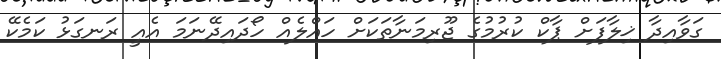
ގަވާއިދާ ޚިލާފަށް ޕާކް ކުރުމުގެ ޖޫރިމަނާތަކަށް ހައްލެއް ހޯދައިދޭނަމަ އެއީ ރަނގަޅު ކަމެކޭ